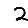
Digit: 2